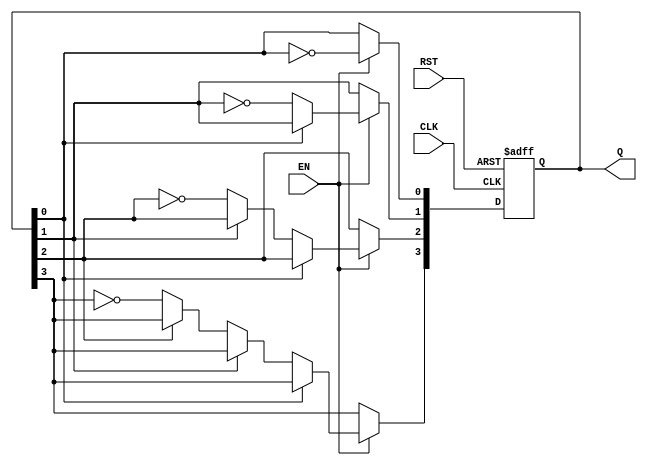
module async_counter (
    input wire CLK,   // Clock input
    input wire RST,   // Asynchronous reset
    input wire EN,    // Enable signal
    output reg [3:0] Q // 4-bit output for the counter
);

// Always block for the asynchronous counter
always @(posedge CLK or posedge RST) begin
    if (RST) begin
        Q <= 4'b0000; // Reset counter to 0
    end else if (EN) begin
        Q[0] <= ~Q[0]; // Toggle LSB
        if (Q[0] == 1'b0) begin
            Q[1] <= ~Q[1]; // Toggle second LSB
            if (Q[1] == 1'b0) begin
                Q[2] <= ~Q[2]; // Toggle third LSB
                if (Q[2] == 1'b0) begin
                    Q[3] <= ~Q[3]; // Toggle MSB
                end
            end
        end
    end
end

endmodule